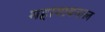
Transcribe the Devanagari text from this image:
महायावनाल